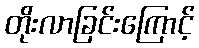
တိုးလာခြင်းကြောင့်